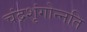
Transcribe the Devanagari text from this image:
चंद्रशृंगोन्नति